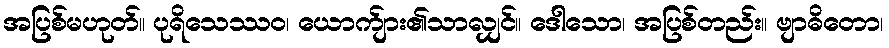
အပြစ်မဟုတ်။ ပုရိသေဿဝ၊ ယောက်ျား၏သာလျှင်။ ဒေါသော၊ အပြစ်တည်း။ ဗျာဓိတော၊